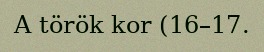
A török kor (16–17.